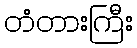
တံတားကြီး